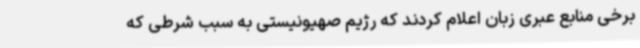
برخی منابع عبری زبان اعلام کردند که رژیم صهیونیستی به سبب شرطی که